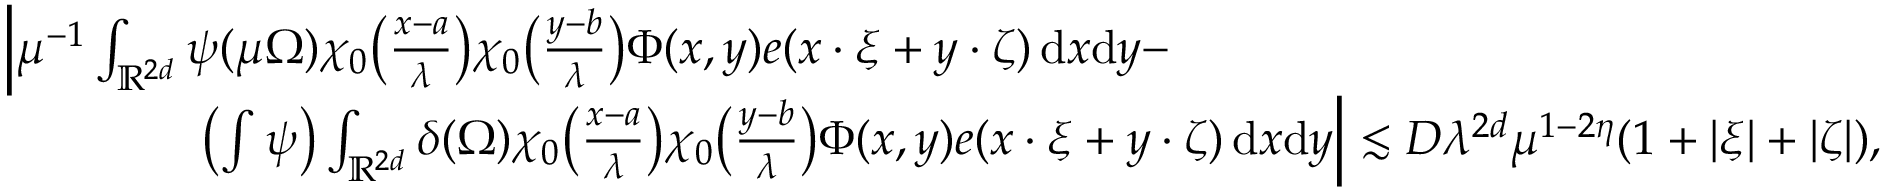
\begin{array} { r l } & { \left| \mu ^ { - 1 } \int _ { \mathbb R ^ { 2 d } } \psi ( \mu \Omega ) \chi _ { 0 } \big ( \frac { x - a } { \lambda } \big ) \chi _ { 0 } \big ( \frac { y - b } { \lambda } \big ) \Phi ( x , y ) e ( x \cdot \xi + y \cdot \zeta ) \, \mathrm { d } x \mathrm { d } y - \right. } \\ & { \qquad \qquad \left. \left( \int \psi \right) \int _ { \mathbb R ^ { 2 d } } \boldsymbol { \delta } ( \Omega ) \chi _ { 0 } \big ( \frac { x - a } { \lambda } \big ) \chi _ { 0 } \big ( \frac { y - b } { \lambda } \big ) \Phi ( x , y ) e ( x \cdot \xi + y \cdot \zeta ) \, \mathrm { d } x \mathrm { d } y \right| \lesssim D \lambda ^ { 2 d } \mu ^ { 1 - 2 \eta } ( 1 + | \xi | + | \zeta | ) , } \end{array}